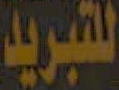
للتبريد